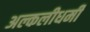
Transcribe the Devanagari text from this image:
अल्कलीधर्मी